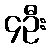
၄ဦး